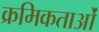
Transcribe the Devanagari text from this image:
क्रमिकताओं